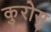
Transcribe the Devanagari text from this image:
कुरोसु